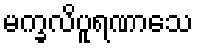
မက္ခလိပူရဏာသေ